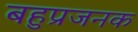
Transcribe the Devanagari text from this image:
बहुप्रजनक